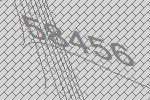
58456